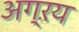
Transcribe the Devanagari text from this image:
अग्ऱय